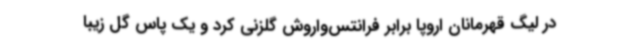
در لیگ قهرمانان اروپا برابر فرانتس‌واروش گلزنی کرد و یک پاس گل زیبا